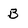
Character: B